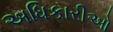
અધિકારીઓ